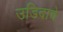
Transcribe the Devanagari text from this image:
उडिदाचे